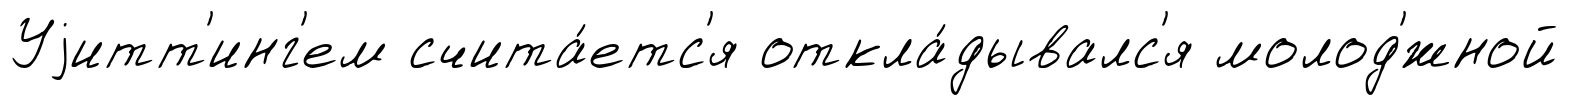
Уjитт'инг'ем счита́етс'я откла́дывалс'я молод'́жной